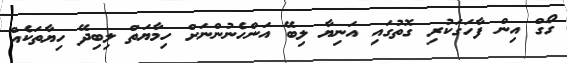
ގޯގް އިން ފާހަގަކުރި ގޮތުގައި އަނިޔާ ލިބޭ އަންހެނުންނަށް ހިމާޔަތް ލިބިދޭ ހިޔާތަކެއް